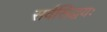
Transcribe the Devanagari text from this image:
सर्वसिद्धयः